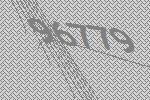
96779